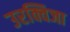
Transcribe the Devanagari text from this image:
उरक्विजा